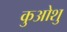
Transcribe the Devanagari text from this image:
कुओशु